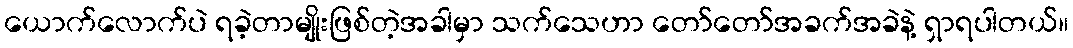
ယောက်လောက်ပဲ ရခဲ့တာမျိုးဖြစ်တဲ့အခါမှာ သက်သေဟာ တော်တော်အခက်အခဲနဲ့ ရှာရပါတယ်။